Report on vaccination in the Province of Bengal - 1869-1873
Year: 1869
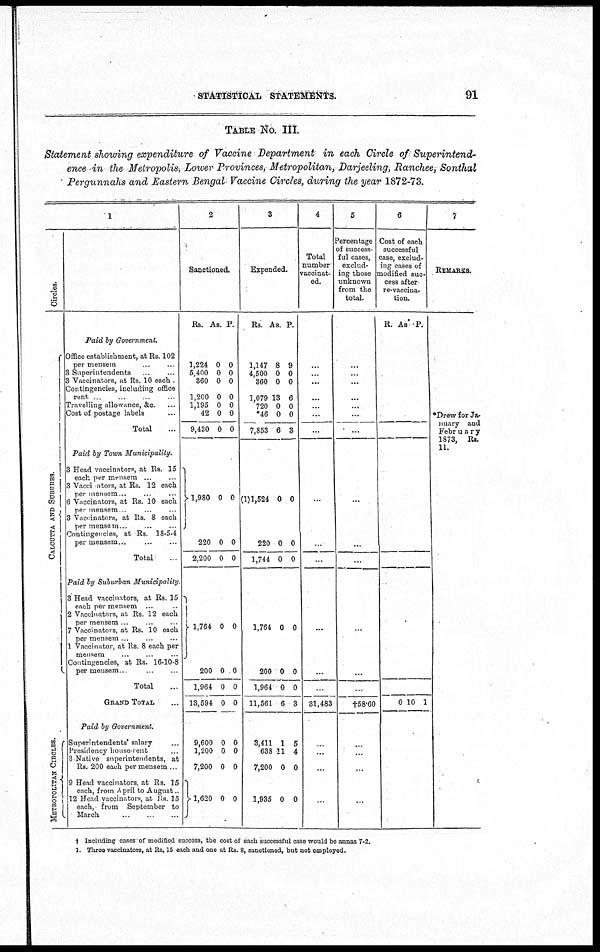
STATISTICAL STATEMENTS.
91
TABLE No. III.
Statement showing expenditure of Vaccine Department in each Circle of Superintend-
ence in the Metropolis, Lower Provinces, Metropolitan, Darjeeling, Ranchee, Sonthal
Pergunnahs and Eastern Bengal Vaccine Circles, during the year 1872-73.
1
Circles.
CALCUTTA AND SUBURBS.
METROPOLITAN CIRCLES.
Paid by Government.
Office establishment, at Rs. 102
per mensem ... ...
3 Superintendents ... ...
3 Vaccinators, at Rs. 10 each .
Contingencies, including office
rent ... ... ... ...
Travelling allowance, &c. ...
Cost of postage labels ...
Total ...
Paid by Town Municipality.
3 Head vaccinators, at Rs. 15
each per mensem ...
3 Vaccinaors, at Rs. 12 each
per mensem .. ... ...
6 Vaccinators, at Rs. 10 each
per mensem. ... ... ...
3 Vaccinators, at Rs 8 each
per mensem... ... ...
Contingencies, at Rs. 18-5-4
per mensem
...
...
...
Total ...
Paid by Suburban Municipality.
3 Head vaccinators, at Rs. 15
each per mensem ... ...
2 Vaccinator, at Rs 12 each
per mensem ... ...
7 Vaccinators, at Rs. 10 each
per mensem ... ... ...
1 Vaccinator, at Rs. 8 each per
mensem ... ... ...
Contingencies, at Rs. 16-10-8
per mensem
...
...
Total ...
GRAND TOTAL ...
Paid by Government.
Superintendents' salary ...
Presidency house-rent ...
3 Native superintendents, at
Rs. 200 each per mensem ...
9 Head vaccinators, at Rs, 15
each, from April to August...
12 Head vaccinators, at Rs 15
each, from September to
March
...
...
...
2
Sanctioned.
Rs.
1,224
5,400
360
1,200
1,195
42
9,430
As.
0
0
0
0
0
0
0
P.
0
0
0
0
0
0
0
1,980
220
2,200
0
0
0
0
0
0
1,764
200
1,964
13,594
0
0
0
0
0
0
0
0
9,600
1,200
7,200
1,620
0
0
0
0
0
0
0
0
3
Expended.
Rs.
1,147
4,500
360
1,079
720
*46
7,853
As.
8
0
0
13
0
0
6
P.
9
0
0
6
0
0
3
(1)1,524
220
1,744
0
0
0
0
0
0
1,764
200
1,964
11,561
0
0
0
6
0
0
0
3
3,411
638
7,200
1,935
1
11
0
0
5
4
0
0
4
Total
number
vaccinat-
ed.
...
...
...
...
...
...
...
...
...
...
...
...
31,483
...
...
...
...
5
Percentage
of success-
ful cases,
exclud-
ing those
unknown
from the
total.
...
...
...
...
...
...
...
...
...
...
...
...
†58.60
...
...
...
...
6
Cost of each
successful
case, exclud-
ing cases of
modified suc-
cess after
re-vaccina-
tion.
R.
As P.
0 10 1
7
REMARKS.
*Drew for Ja-
nuary and
February
1873, Rs.
11
† Including cases of modified success, the cost of each successful case would be annas 7-2.
1. Three vaccinators, at Rs, 15 each and one at Rs. 8, sanctioned, but not employed.